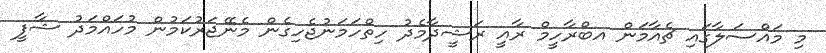
މި މައްސަލާގައި ޗެއާމަން އބްރާހީމް ރާއީ ރަޝީދާމެދު ހިތްހަމަނުޖެހިގެން މެނޭޖަރުކަމުން މުހައްމަދު ޝާފީ